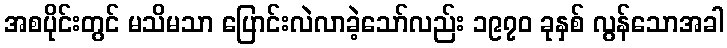
အစပိုင်းတွင် မသိမသာ ပြောင်းလဲလာခဲ့သော်လည်း ၁၉၇၀ ခုနှစ် လွန်သောအခါ